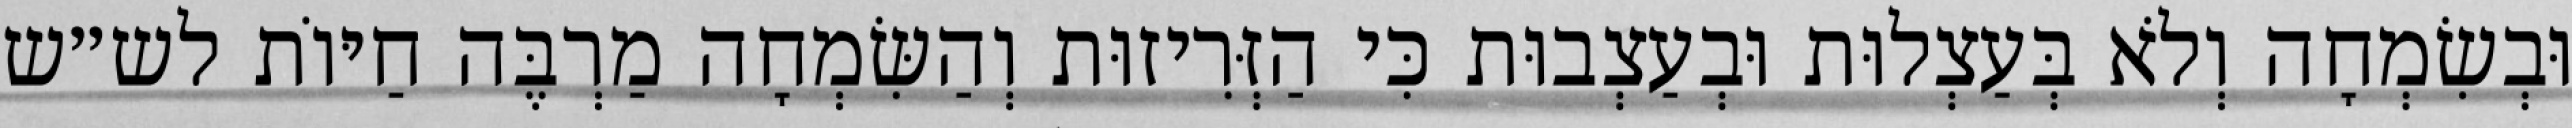
וּבְשִׂמְחָה וְלֹא בְּעַצְלוּת וּבְעַצְבוּת כִּי הַזְּרִיזוּת וְהַשִּׂמְחָה מַרְבֶּה חַיּוֹת לש״ש